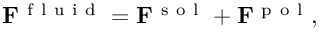
\mathbf { F } ^ { \mathrm { ~ f ~ l ~ u ~ i ~ d ~ } } = \mathbf { F } ^ { \mathrm { ~ s ~ o ~ l ~ } } + \mathbf { F } ^ { \mathrm { ~ p ~ o ~ l ~ } } ,